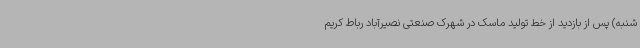
شنبه) پس از بازدید از خط تولید ماسک در شهرک صنعتی نصیرآباد رباط کریم